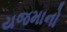
યજમાનો